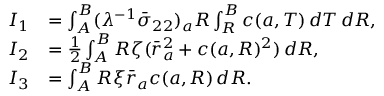
\begin{array} { r l } { I _ { 1 } } & { = \int _ { A } ^ { B } ( \lambda ^ { - 1 } \bar { \sigma } _ { 2 2 } ) _ { a } R \int _ { R } ^ { B } c ( { a } , T ) \, d T \, d R , } \\ { I _ { 2 } } & { = \frac { 1 } { 2 } \int _ { A } ^ { B } R \zeta ( \bar { r } _ { a } ^ { 2 } + c ( { a } , R ) ^ { 2 } ) \, d R , } \\ { I _ { 3 } } & { = \int _ { A } ^ { B } R \xi \bar { r } _ { a } c ( { a } , R ) \, d R . } \end{array}